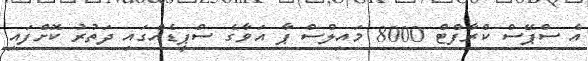
އެ ސްޕޭސް ކްރާފްޓް 8000 މައިލްސް ޕާ އަވާގެ ސްޕީޑެއްގައި ދަތުރު ކޮށްފައި